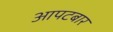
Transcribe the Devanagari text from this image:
आपटबार